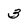
Character: 3